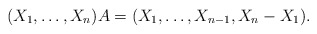
\begin{align*}(X_1,\dots,X_n)A=(X_1,\dots,X_{n-1},X_n-X_1).\end{align*}